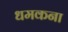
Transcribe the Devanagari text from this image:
धमकना